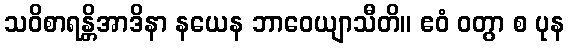
သဝိစာရန္တိအာဒိနာ နယေန ဘာဝေယျာသီတိ။ ဧဝံ ဝတွာ စ ပုန